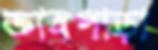
জ্ঞানপাড়া